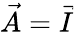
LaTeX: \vec{A}=\vec{I}